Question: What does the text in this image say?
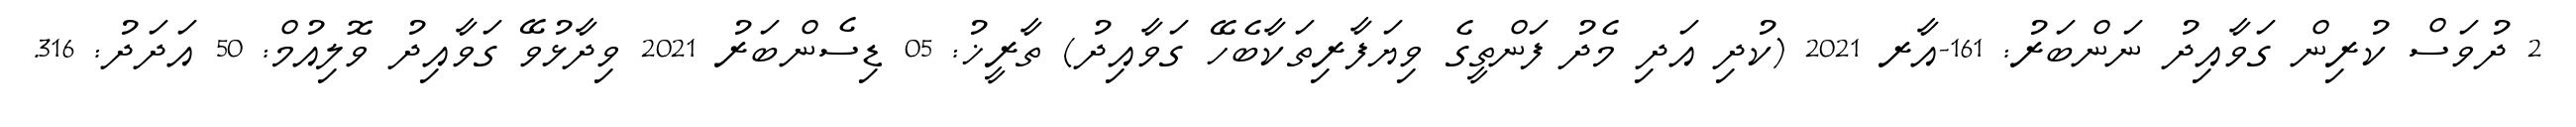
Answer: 2 ދުވަސް ކުރިން ގަވާއިދު ނަންބަރު: 161-އާރ 2021 (ކުދި އަދި މެދު ފަންތީގެ ވިޔަފާރިތަކާބެހޭ ގަވާއިދު) ތާރީޚު: 05 ޑިސެންބަރު 2021 ވިދާޅުވޭ ގަވާއިދު ވޮލިއުމް: 50 އަދަދު: 316.